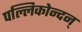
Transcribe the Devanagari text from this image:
पल्लिकोन्दन्